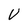
Character: V